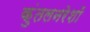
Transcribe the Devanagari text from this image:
कुंतलनरेशों